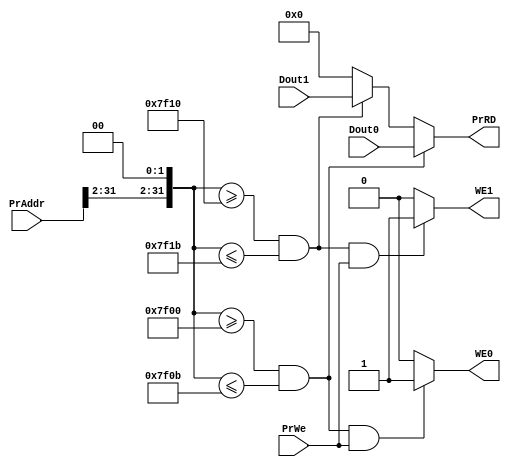
`timescale 1ns / 1ps
//////////////////////////////////////////////////////////////////////////////////
// Company: 
// Engineer: 
// 
// Design Name: 
// Module Name:    Bridge 
// Project Name: 
// Target Devices: 
// Tool versions: 
// Description: 
//
// Dependencies: 
//
// Revision: 
// Revision 0.01 - File Created
// Additional Comments: 
//
//////////////////////////////////////////////////////////////////////////////////
module Bridge(PrAddr,Dout0,Dout1,PrWe,WE1,WE0,PrRD);
	input [31:0] PrAddr;
	input [31:0] Dout0,Dout1;
	input PrWe;
	output WE1,WE0;
	output [31:0] PrRD;
	
	wire [31:0] addr;
	assign addr={PrAddr[31:2],2'b0};
	assign PrRD=   addr>=32'h7f00 && addr<=32'h7f0B ? Dout0 :
						addr>=32'h7f10 && addr<=32'h7f1B ? Dout1 : 0 ;
	assign WE0=addr>=32'h7f00 && addr<=32'h7f0B&&PrWe?1:0;
	assign WE1=addr>=32'h7f10 && addr<=32'h7f1B&&PrWe?1:0;

endmodule